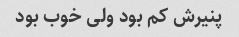
پنیرش کم بود ولی خوب بود